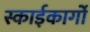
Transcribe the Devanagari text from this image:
स्काईकार्गो